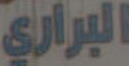
البراري